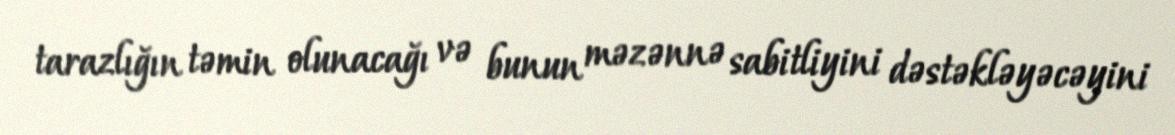
tarazlığın təmin olunacağı və bunun məzənnə sabitliyini dəstəkləyəcəyini